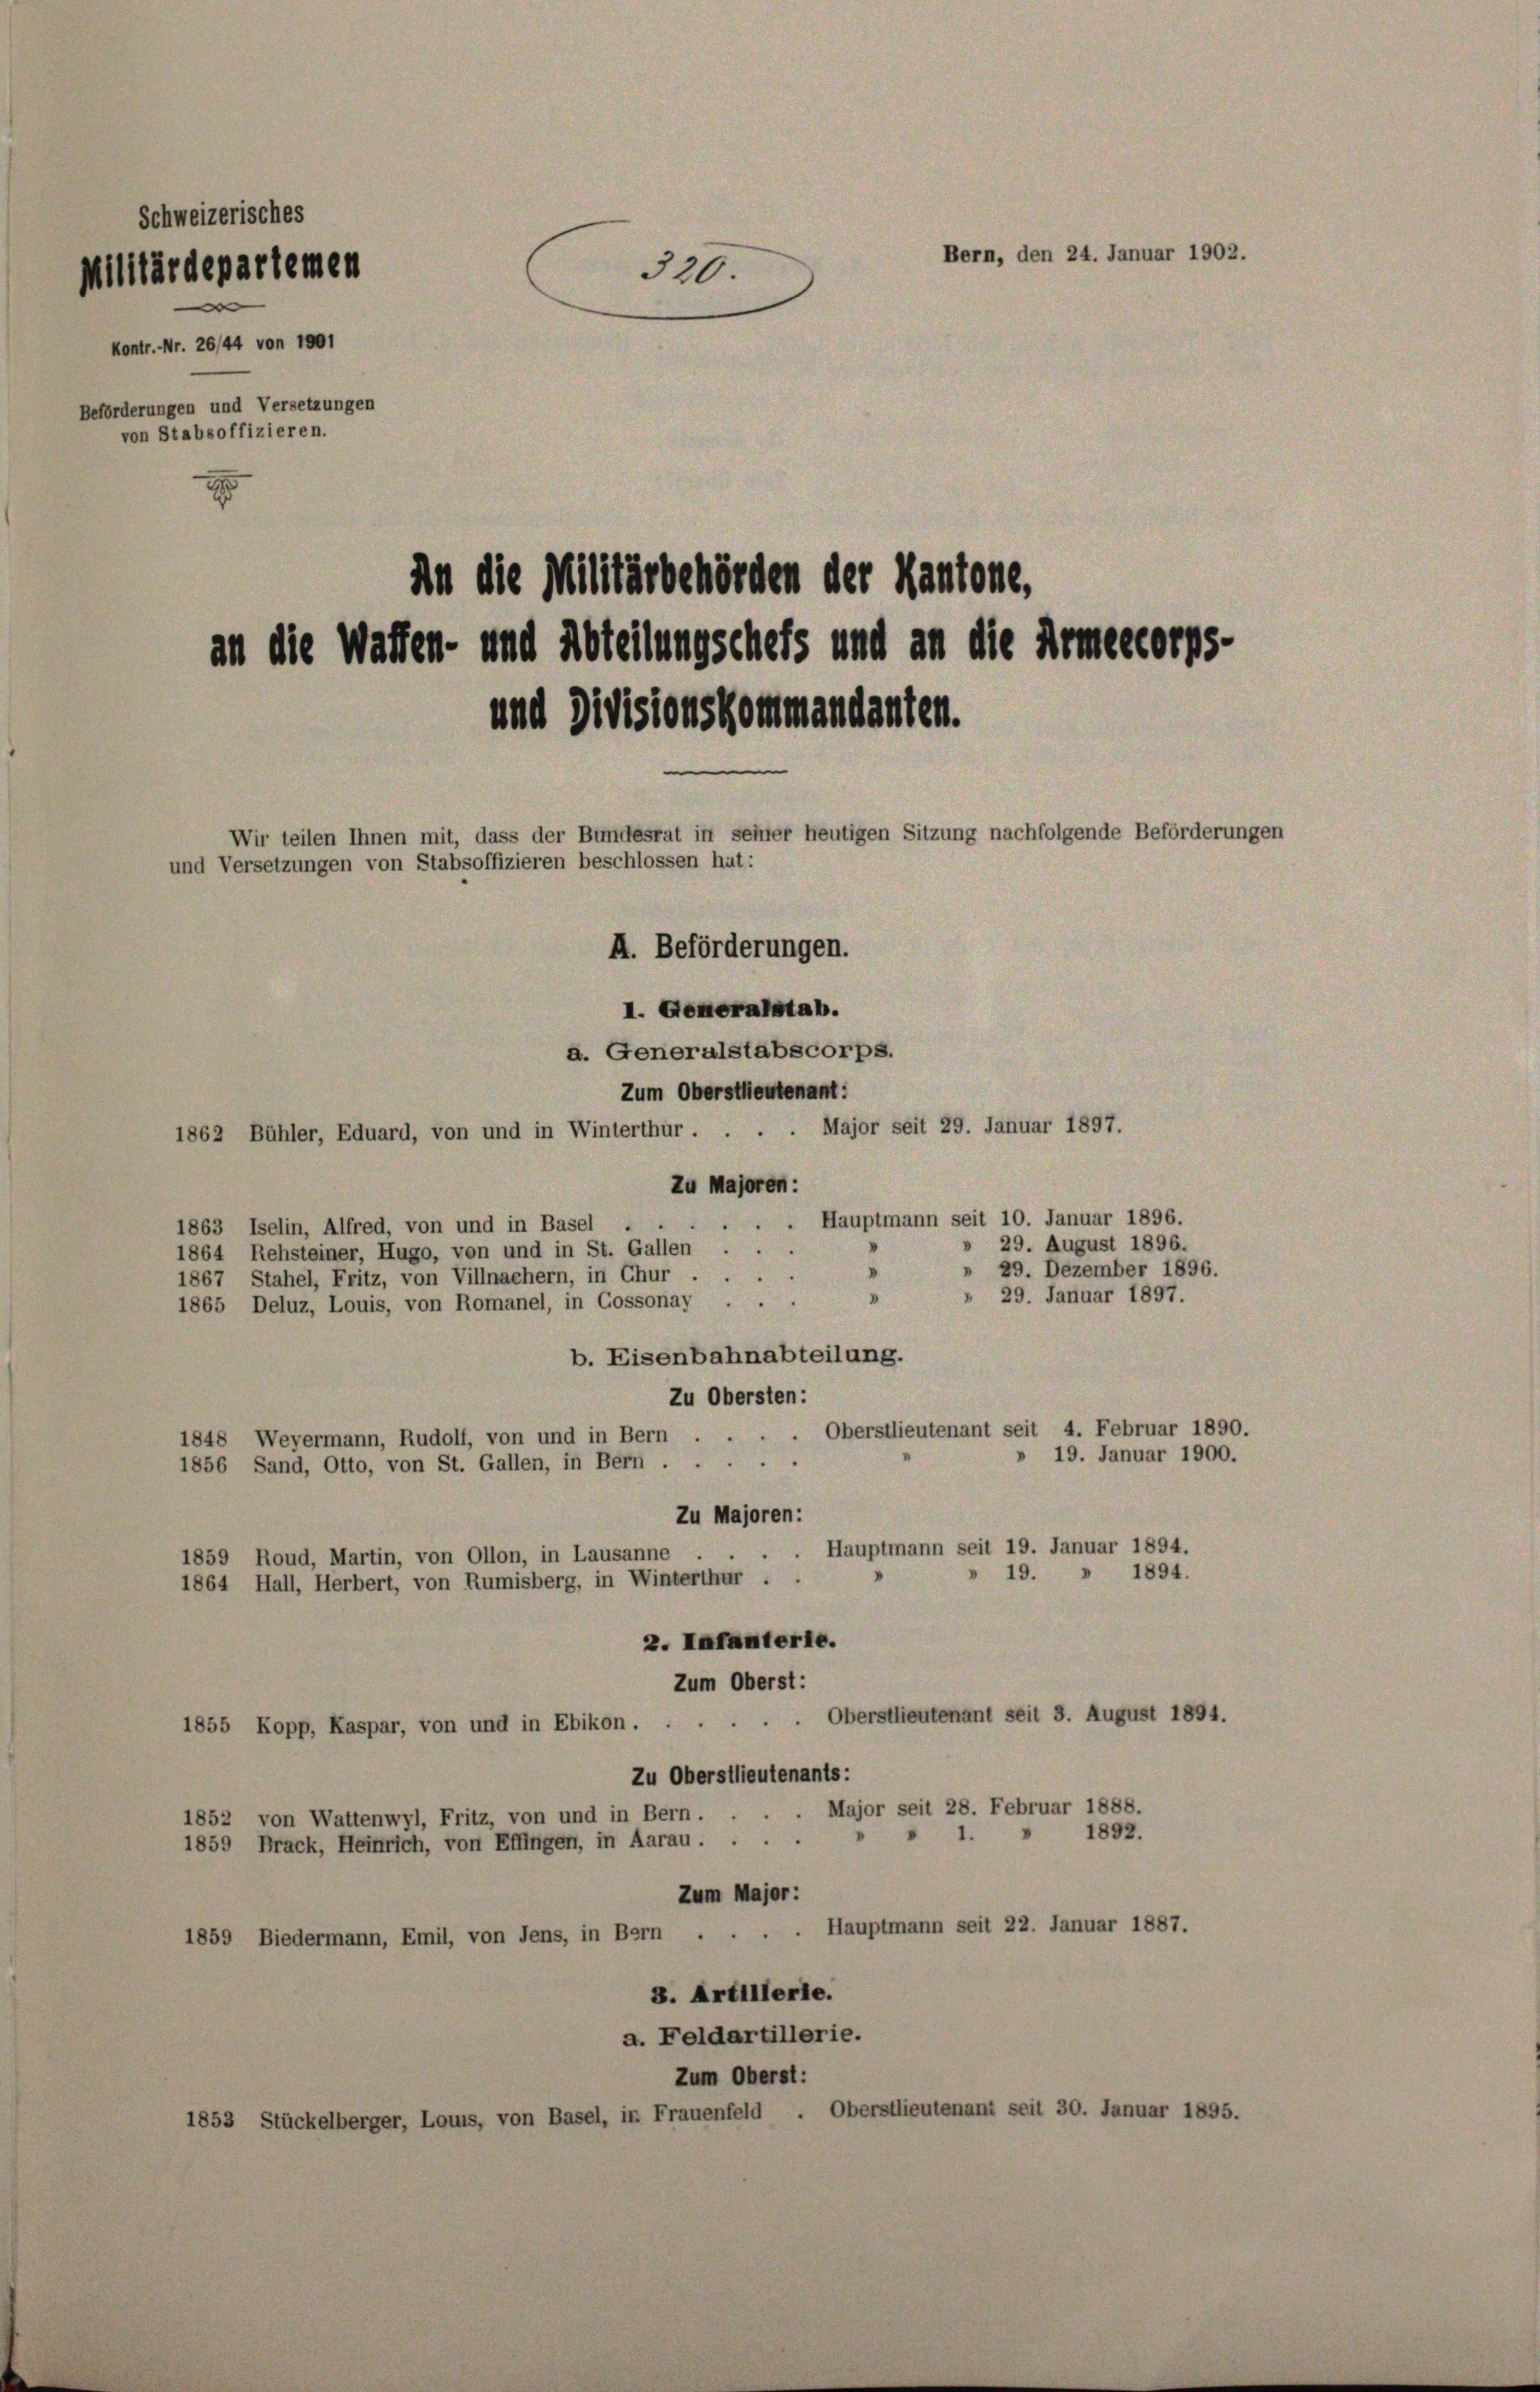
Schweizerisches
Bern, den 24. Januar 1902.
Militärdepartemen
320.
Kontr. Nr. 26/44 von 1801
Beförderungen und Versetzungen
von Stabsoffizieren.
E
An die Militärbehörden der Kantone,

an die Waffen- und Abteilungschefs und an die Armeekorps-
und Divisionskommandanten.
Wir teilen Ihnen mit, dass der Bundesrat in seiner heutigen Sitzung nachfolgende Beförderungen
und Versetzungen von Stabsoffizieren beschlossen hat:
A. Beförderungen.
I. Generalstab.
a. Generalstabscorps.

Zum Oberstlieutenant:
1862 Bühler, Eduard, von und in Winterthur . . . . Major seit 29. Januar 1897.
Zu Majoren:
 . Hauptmann seit 10. Januar 1896.
1863 Iselin, Alfred, von und in Basel
29. August 1896.
1864 Rehsteiner, Hugo, von und in St. Gallen ...
» 29. Dezember 1896.
.
.
1867, Stahel, Fritz, von Villnachern, in Chur.
" " 29. Januar 1897.
1865 Deluz, Louis, von Romanel, in Gossonay . ..
b. Eisenbahnabteilung.
Zu Obersten:
Oberstlieutenant seit 4. Februar 1890.
1848 Weyermann, Rudolf, von und in Bern . .
19. Januar 1900.
1856 Sand, Otto, von St. Gallen, in Bern . .
Zu Majoren:
Hauptmann seit 19. Januar 1894.
1859 Roud, Martin, von Ollon, in Lausanne
19. » 1894.
1864 Hall, Herbert, von Rumisberg, in Winterthur .
2. Lafanterte.
Zum Oberst:
1855 Kopp, Kaspar, von und in Ebikon . . . . . . Oberstlieutenant seit 3. August 1894.
Zu Oberstlieutenants:
Major seit 28. Februar 1888.
1852 von Wattenwyl, Fritz, von und in Bern.
1892.
1859 Brack, Heinrich, von Effingen, in Aarau ....
Zum Major :
Hauptmann seit 22. Januar 1887.
1859 Biedermann, Emil, von Jens, in Bern .
3. Artillerle.
a. Feldartillerie.
Zum Oberst:
1853 Stückelberger, Louis, von Basel, in Frauenfeld . Oberstlieutenant seit 30. Januar 1895.